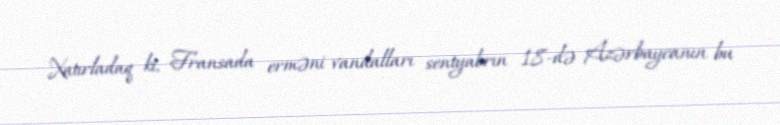
Xatırladaq ki, Fransada erməni vandalları sentyabrın 18-də Azərbaycanın bu